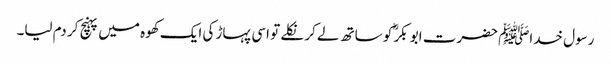
رسول خداﷺ حضرت ابو بکرؓ کو ساتھ لے کر نکلے تو اسی پہاڑ کی ایک کھوہ میں پہنچ کر دم لیا۔